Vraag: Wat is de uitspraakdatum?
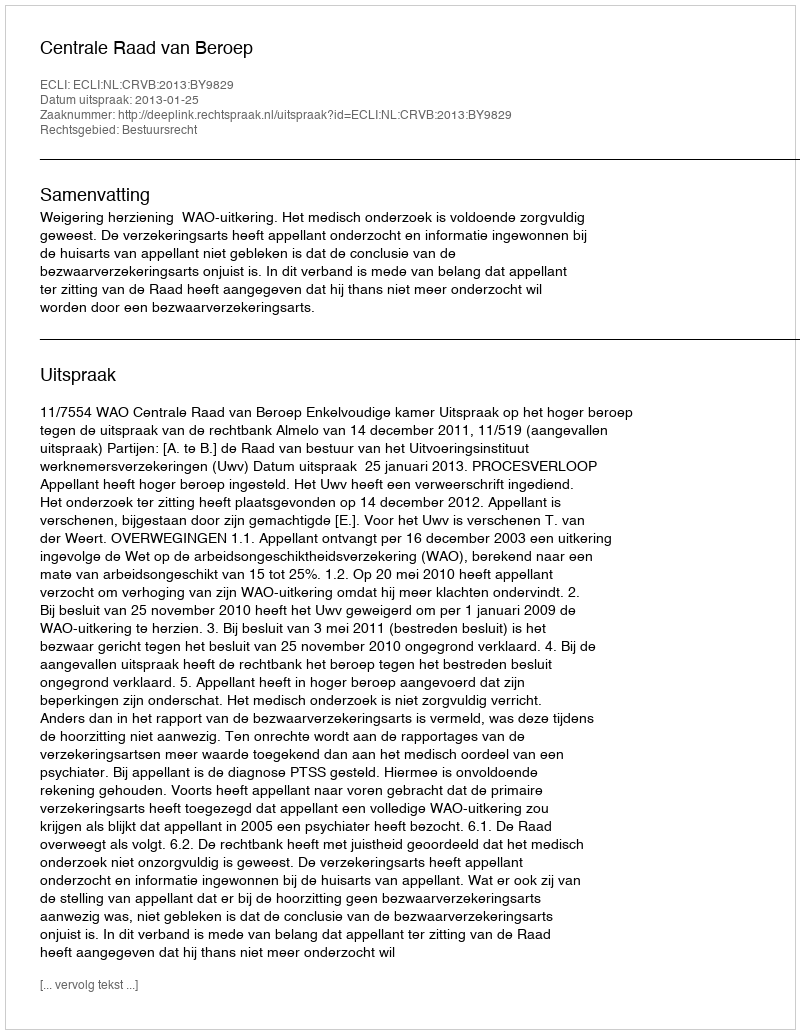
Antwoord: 2013-01-25